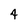
Character: 4